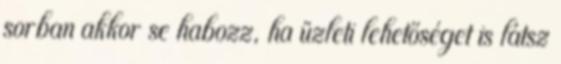
sorban akkor se habozz, ha üzleti lehetőséget is látsz